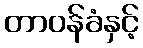
တာဝန်ခံနှင့်